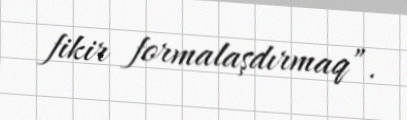
fikir formalaşdırmaq”.